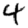
Digit: 4